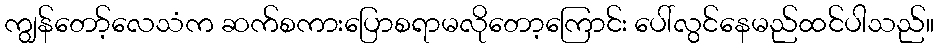
ကျွန်တော့်လေသံက ဆက်စကားပြောစရာမလိုတော့ကြောင်း ပေါ်လွင်နေမည်ထင်ပါသည်။